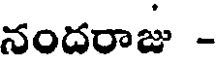
నందరాజు -